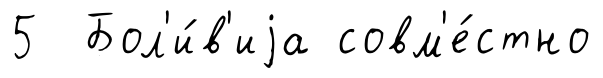
5 Бол'и́в'иjа совм'е́стно